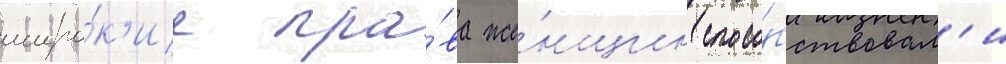
широ́к'ие пра́ва же́нщин спосо́бствовал'и